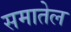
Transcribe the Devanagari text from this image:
समातेल